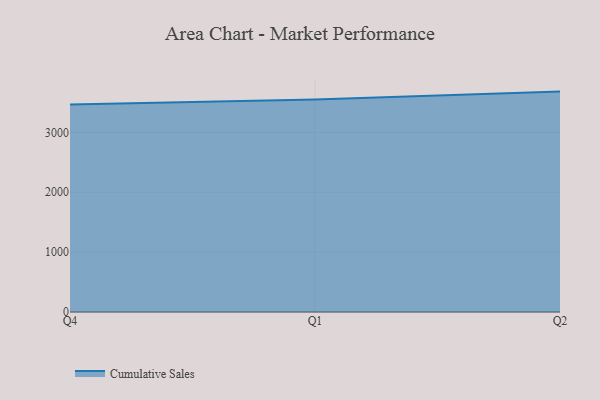
{"axis": {"x": "Quarter", "y": "Population (Million)"}, "legend": ["Cumulative Sales"], "data": [{"x": "Q4", "y": 3468.2, "type": "Cumulative Sales"}, {"x": "Q1", "y": 3549.7, "type": "Cumulative Sales"}, {"x": "Q2", "y": 3681.8, "type": "Cumulative Sales"}]}